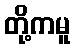
တို့ကမူ